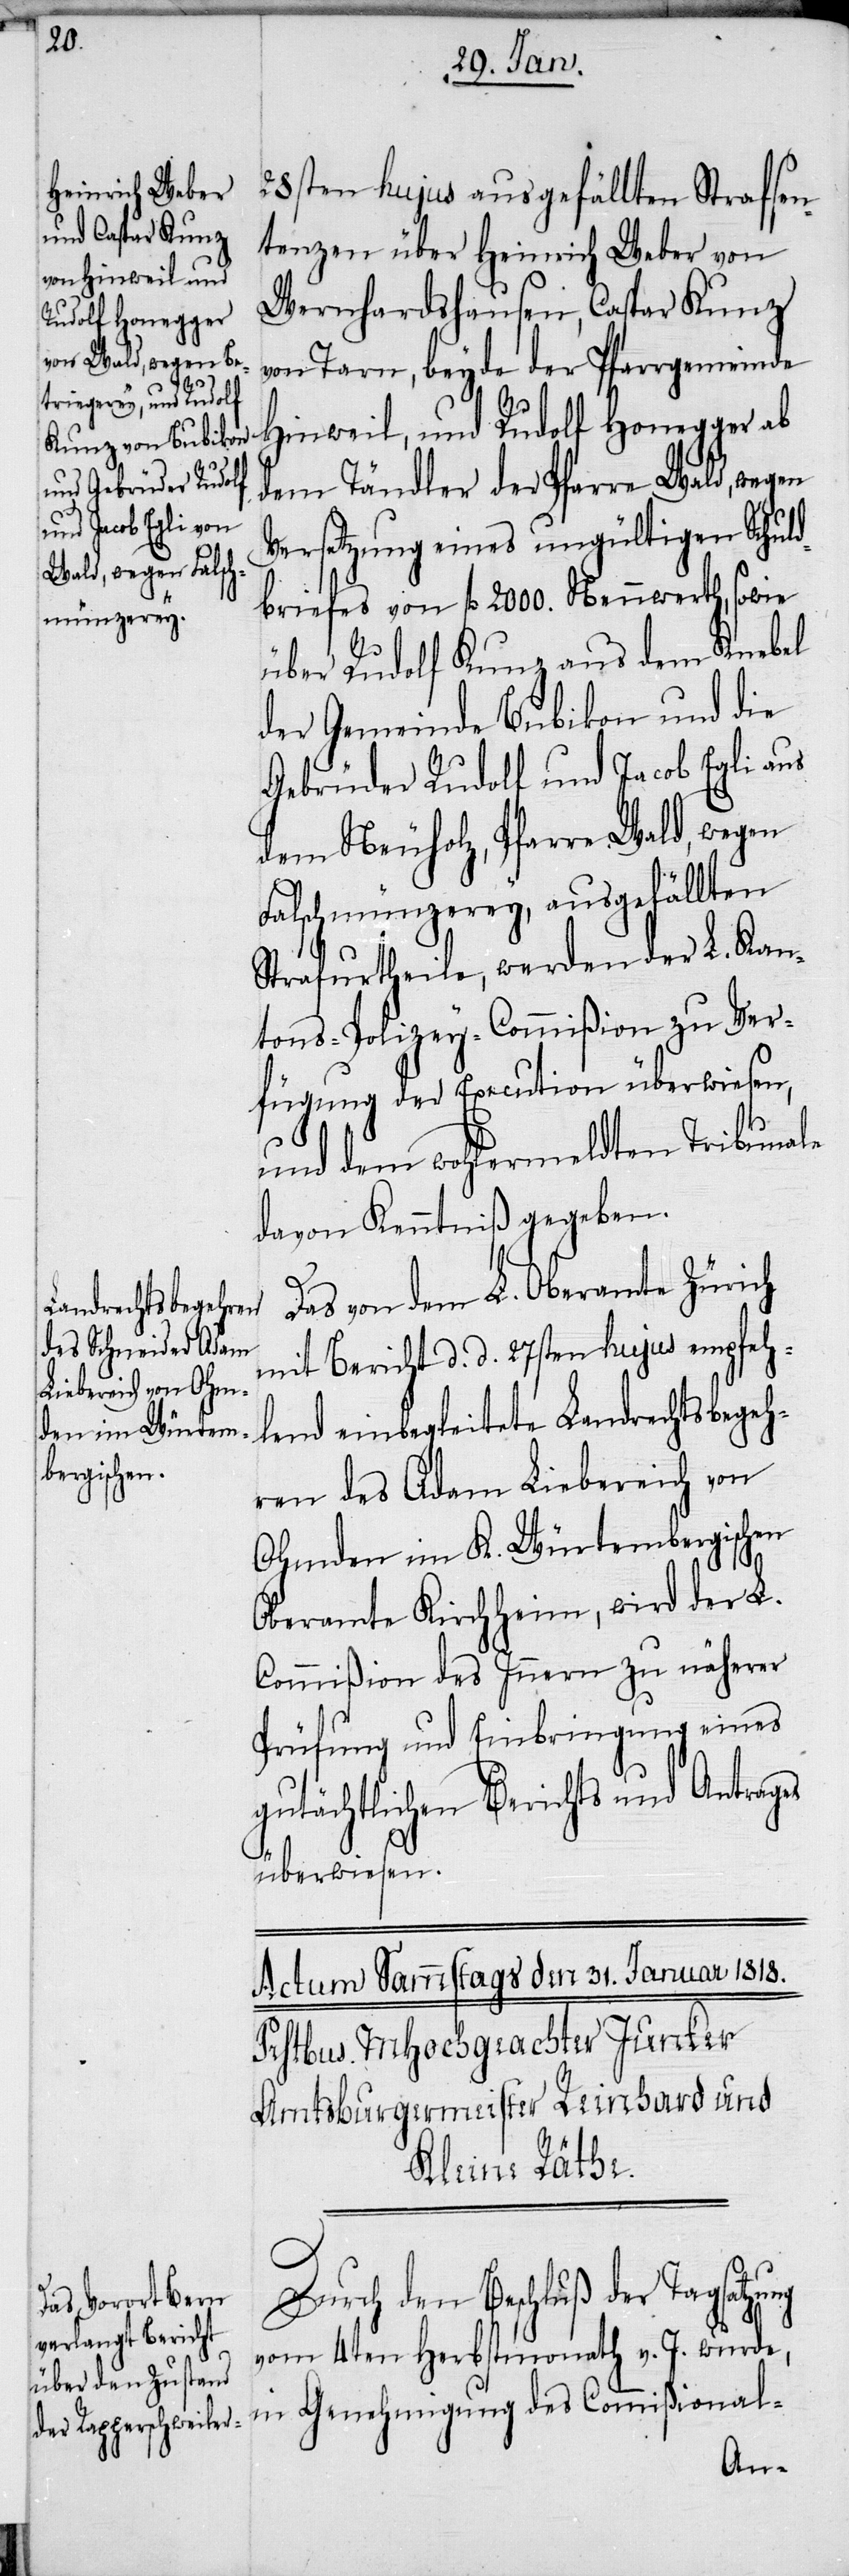
ung

28sten hujus ausgefällten Strafsen¬
tenzen über Heinrich Weber von
Wernhardshausen, Caspar Kunz
von Tarn, beyde der Pfarrgemeinde
Hinweil, und Rudolf Honegger ab
dem Tändler der Pfarre Wald, wegen
Versetzung eines ungültigen Schuld¬
briefes von fl 2000. Nennwerth, sowie
über Rudolf Kunz aus dem Knebel
der Gemeinde Bubikon und die
Gebrüder Rudolf und Jacob Egli aus
dem Neuholz, Pfarre Wald, wegen
Falschmünzerey, ausgefällten
Strafurtheile, werden der L. Kan¬
tons-Policey-Commißion zu Ver¬
fügung der Execution überwiesen,
und dem wohlermeldten Tribunale
davon Kenntniß gegeben.
Das von dem L. Oberamte Zürich
mit Bericht d. d. 27sten hujus empfeh¬
lend einbegleitete Landrechtsbegeh¬
ren des Adam Liebereich von
Ohmden im K. Würtembergischen
Oberamte Kirchheim, wird der L.
Commißion des Innern zu näherer
Prüfung und Einbringung eines
gutächtlichen Berichts und Antrages
überweisen.
Durch den Beschluß der Tagsatz¬
vom 4ten Herbstmonath v. J. wurde,
in Genehmigung des Commißional-